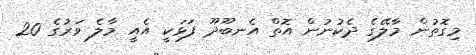
މިގޮތުން މާލޭގެ ދެކުނުން އޮތް އެނބޫދޫ ފަޅަކީ އެއީ މާލެ ވަރުގެ 20